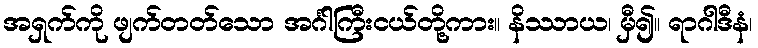
အရှက်ကို ဖျက်တတ်သော အင်္ဂါကြီးငယ်တို့ကား။ နိဿာယ၊ မှီ၍။ ရာဂါဒီနံ၊